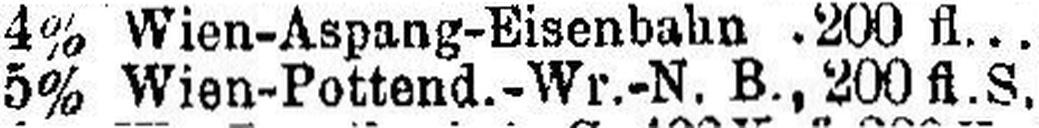
5% Wien-Pottend.-Wr.-N. B., 200 fl. S.